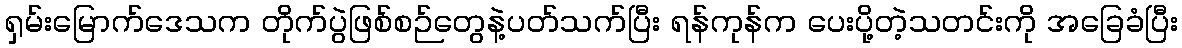
ရှမ်းမြောက်ဒေသက တိုက်ပွဲဖြစ်စဉ်တွေနဲ့ပတ်သက်ပြီး ရန်ကုန်က ပေးပို့တဲ့သတင်းကို အခြေခံပြီး